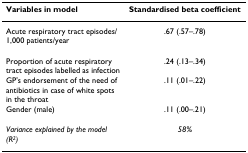
| Variables in model | Standardised beta coefficient |
 | --- | --- |
 | Acute respiratory tract episodes/1,000 patients/year | .67 (.57–.78) |
 | Proportion of acute respiratory tract episodes labelled as infection | .24 (.13–.34) |
 | GP's endorsement of the need of antibiotics in case of white spots in the throat | .11 (.01–.22) |
 | Gender (male) | .11 (.00–.21) |
 | Variance explained by the model (R2) | 58% |